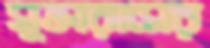
মুক্তারামের